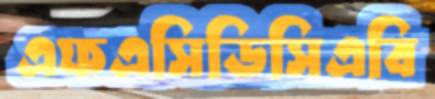
এফএসিডিসিএবি